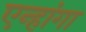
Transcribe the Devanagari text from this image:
एन्हांगा